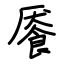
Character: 餍